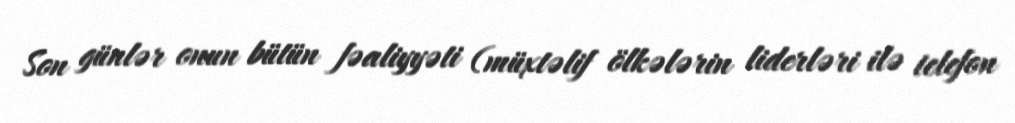
Son günlər onun bütün fəaliyyəti (müxtəlif ölkələrin liderləri ilə telefon